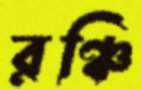
রঞ্চি